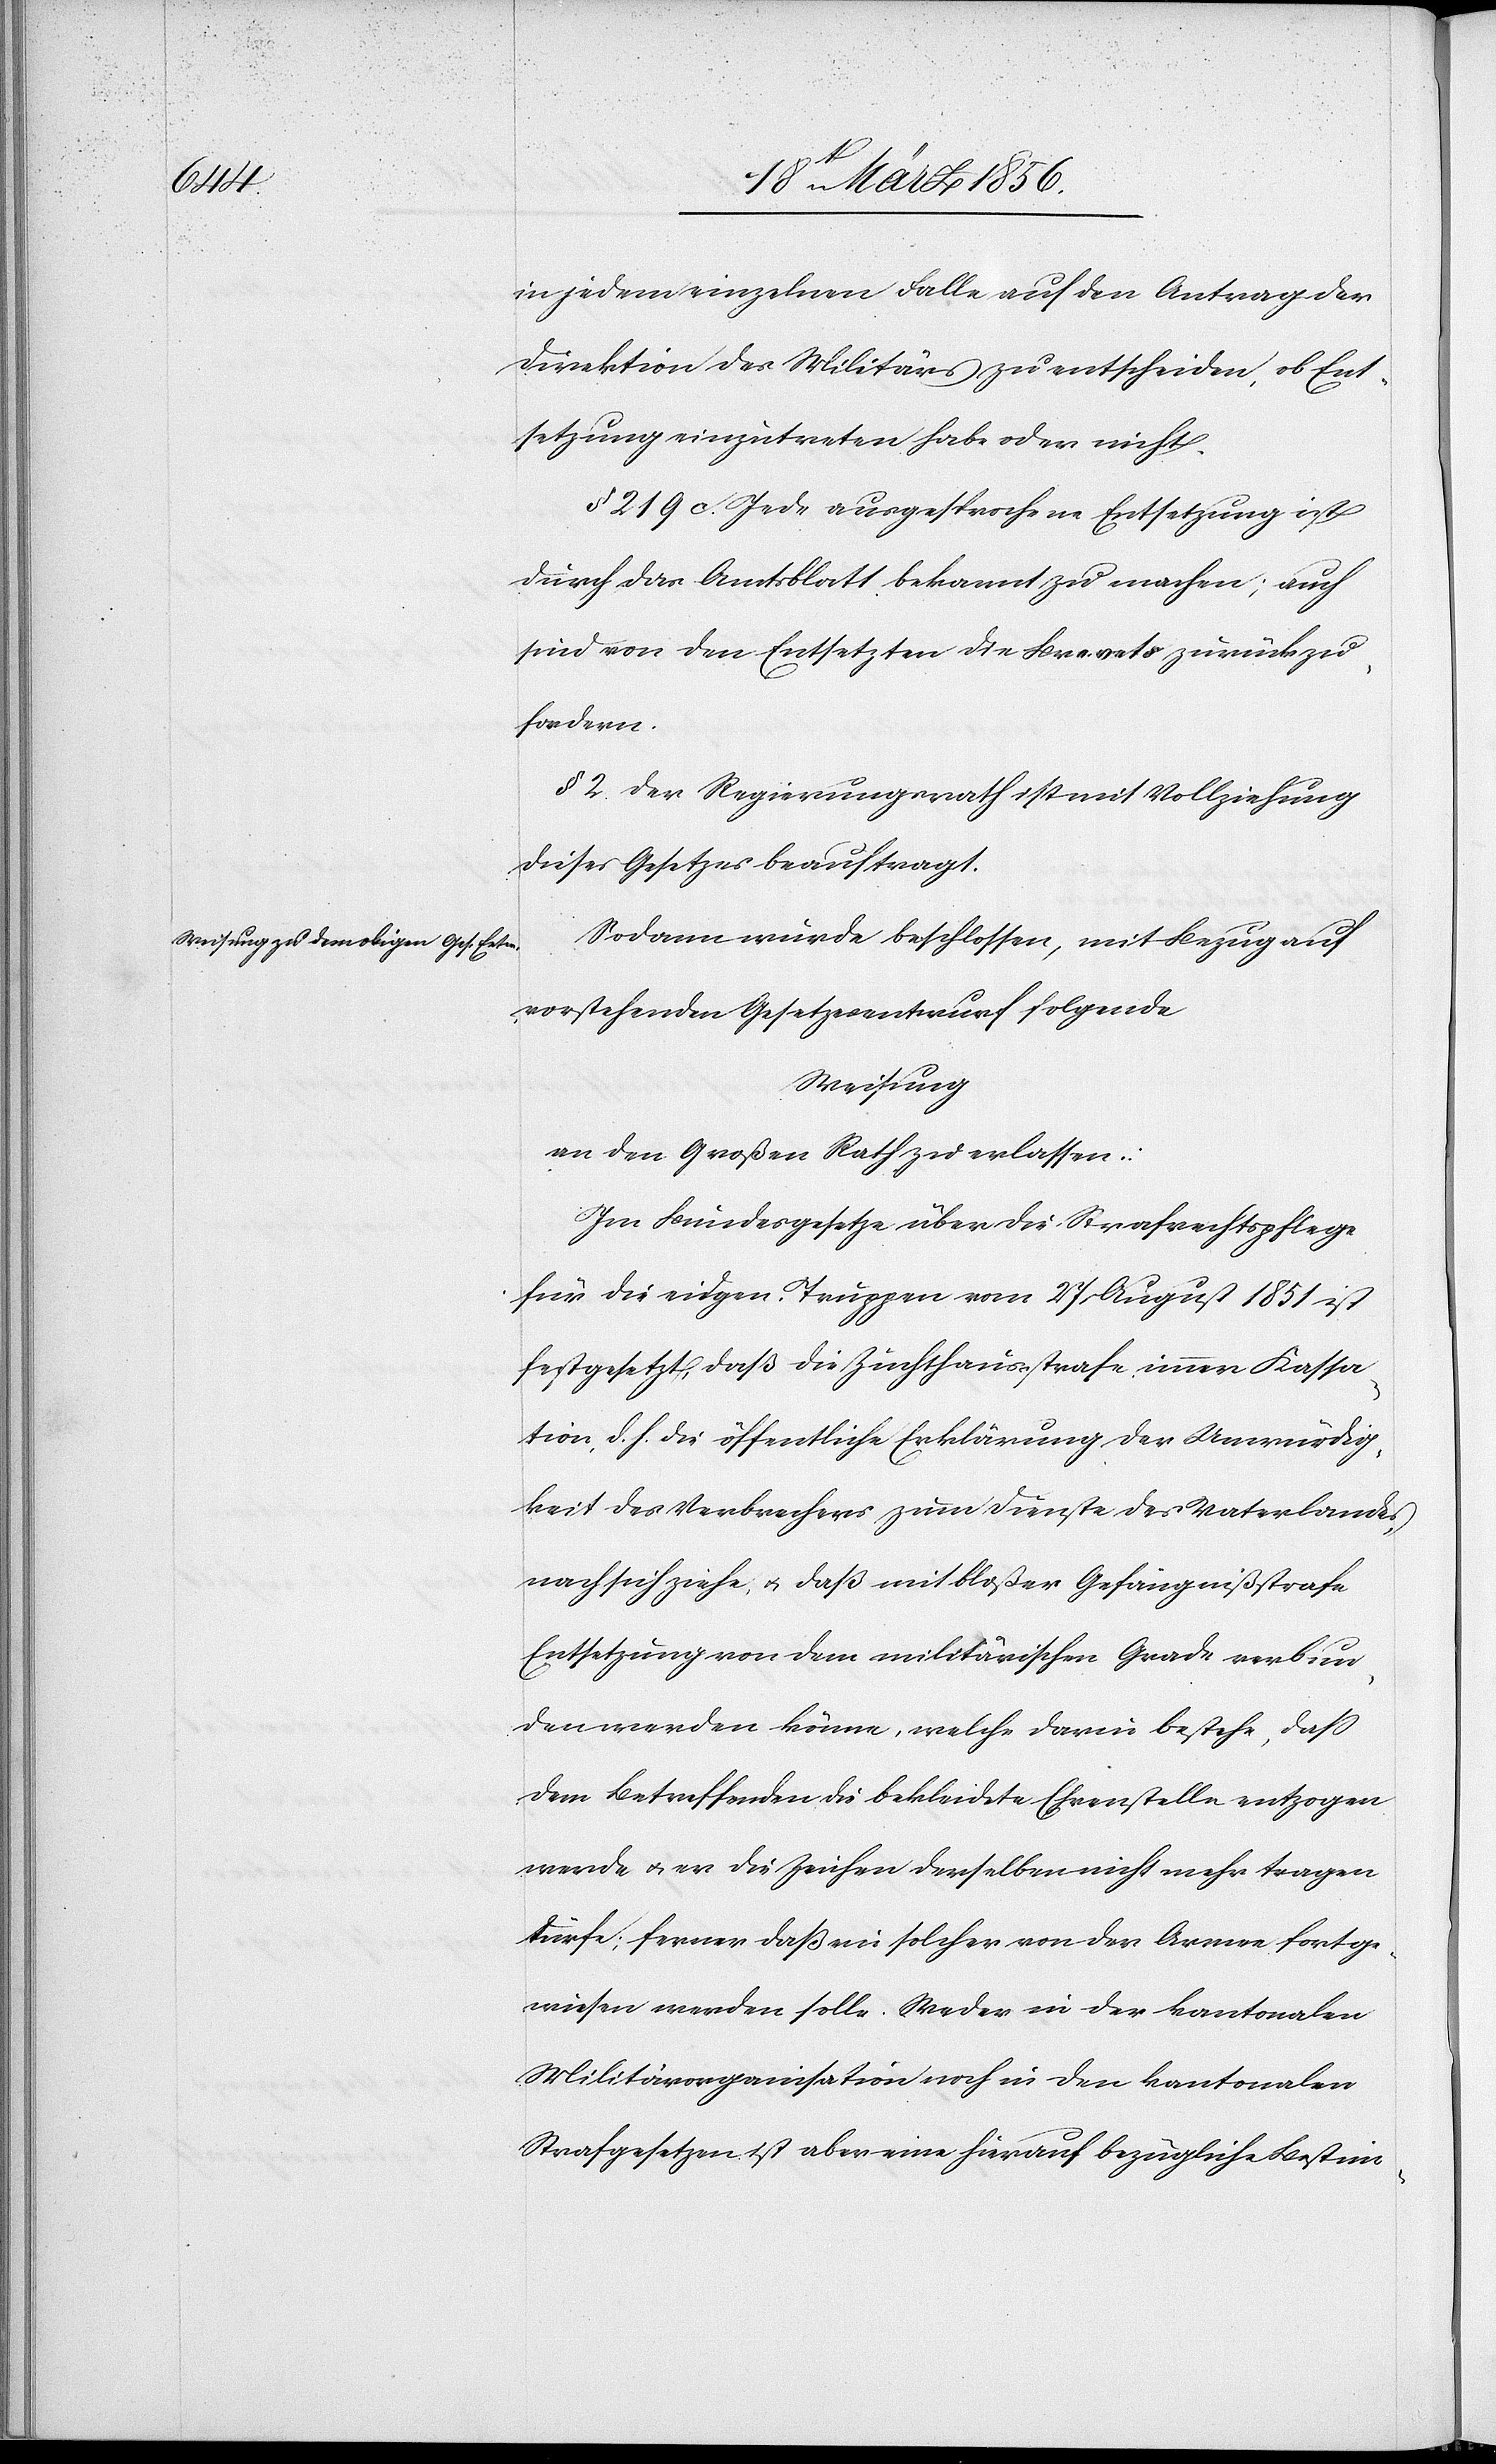
in jedem einzelnen Falle auf den Antrag der
Direktion des Militärs zu entscheiden, ob Ent¬
setzung einzutreten habe oder nicht.
§ 219. c. Jede ausgesprochene Entsetzung ist
durch das Amtsblatt bekannt zu machen; auch
sind von den Entsetzten die Brevets zurückzu¬
fordern.
§ 2. Der Regierungsrath ist mit Vollziehung
dieses Gesetzes beauftragt.
Sodann wurde beschlossen, mit Bezug auf
vorstehenden Gesetzesentwurf folgende
Weisung
an den Großen Rath zu erlassen:
Im Bundesgesetze über die Strafrechtspflege
für die eidgen. Truppen vom 27 August 1851 ist
festgesetzt, daß die Zuchthausstrafe immer Kassa¬
tion, d. h. die öffentliche Erklärung der Unwürdig¬
keit des Verbrechers zum Dienste des Vaterlandes,
nach sich ziehe, u. daß mit bloßer Gefängnißstrafe
Entsetzung von dem militärischen Grade verbun¬
den werden könne, welche darin bestehe, daß
dem Betreffenden die bekleidete Ehrenstelle entzogen
werde u. er die Zeichen derselben nicht mehr tragen
dürfe; ferner daß ein solcher von der Armee fortge¬
wiesen werden solle. Weder in der kantonalen
Militärorganisation noch in den kantonalen
Strafgesetzen ist aber eine hierauf bezügliche Bestim-